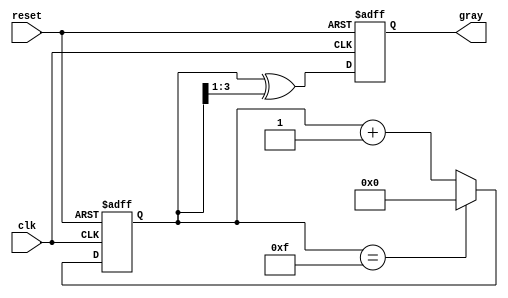
module gray_code_counter #(
    parameter N = 4  // Configurable bit width (default is 4 bits)
)(
    input wire clk,           // Clock input
    input wire reset,         // Active low reset input
    output reg [N-1:0] gray   // Output in Gray code format
);

reg [N-1:0] binary_count;    // Internal binary count

// Function to convert binary to Gray code
function [N-1:0] binary_to_gray;
    input [N-1:0] binary;
    begin
        binary_to_gray = binary ^ (binary >> 1);
    end
endfunction

// Always block to handle counting and Gray code generation
always @(posedge clk or negedge reset) begin
    if (!reset) begin
        binary_count <= {N{1'b0}};  // Reset binary_count to 0
        gray <= {N{1'b0}};          // Reset gray output to 0
    end else begin
        // Increment binary count
        binary_count <= binary_count + 1;
        
        // Wrap around logic (if needed)
        if (binary_count == {N{1'b1}}) begin
            binary_count <= {N{1'b0}};  // Wrap to zero after max count
        end
        
        // Convert to Gray code
        gray <= binary_to_gray(binary_count);
    end
end

endmodule